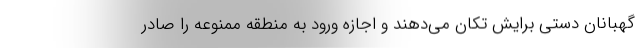
گهبانان دستی برایش تکان می‌دهند و اجازه ورود به منطقه ممنوعه را صادر